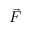
\Vec { F }